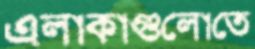
এলাকাগুলোতে